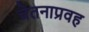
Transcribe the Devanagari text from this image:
चेतनाप्रवह